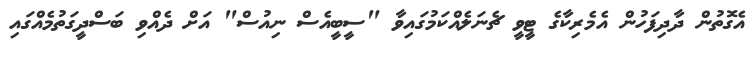
އެގޮތުން ދާދިފަހުން އެމެރިކާގެ ޓީވީ ޗެނަލެއްކަމުގައިވާ "ސީބީއެސް ނިއުސް" އަށް ދެއްވި ބަސްދީގަތުމެއްގައި